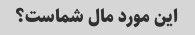
این مورد مال شماست؟